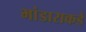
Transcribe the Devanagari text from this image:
भांडाराकडे